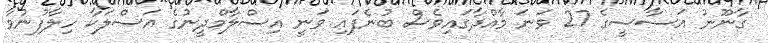
ގާނޫނު އަސާސީގެ 27 ވަނަ މާއްދާގައިވެސް ބުނެފައި ވަނީ އިސްލާމްދީނުގެ އަސްލަކާ ހިލާފުނުވާ